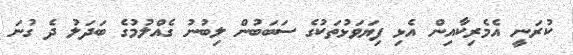
ކުރަނީ އެމެރިކާއިން އެޅި ފިޔަވަޅުތަކުގެ ސަބަބުން ލިބުނު ގެއްލުމުގެ ބަދަލު ދެ ގުނަ